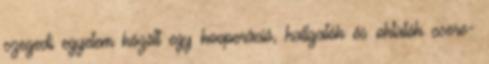
szegedi egyetem között egy kooperáció, hallgatók és oktatók csere-